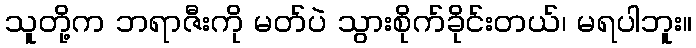
သူတို့က ဘရာဇီးကို မတ်ပဲ သွားစိုက်ခိုင်းတယ်၊ မရပါဘူး။